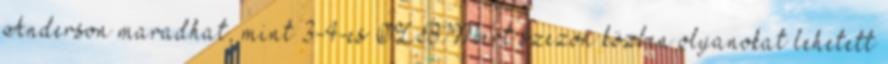
Anderson maradhat, mint 3-4-es OLB?Mert szezon közben olyanokat lehetett